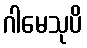
ဂါမေသုပိ